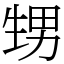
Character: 甥